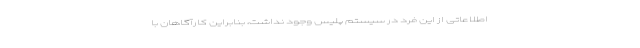
اطلاعاتی از این فرد در سیستم پلیس وجود نداشت، بنابراین کارآگاهان با